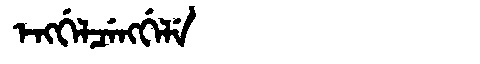
Manchu: ᡝᠩᡤᡝᠯᠴᡝᠩᡤᡝᠯᡝ
Romanization: ENGGELCENGGELE